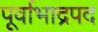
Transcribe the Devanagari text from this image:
पूर्वाभाद्रपद